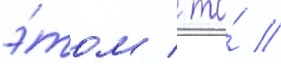
э́том / то́ /